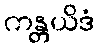
ကန္တယိဒံ